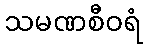
သမဏစီဝရံ